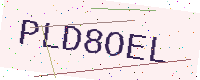
Text: PLD8OEL